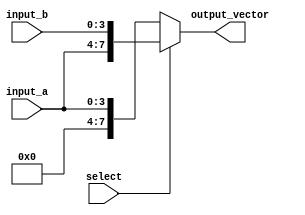
module VectorContinuousAssignment (
    input wire [3:0] input_a,      // 4-bit input signal
    input wire [3:0] input_b,      // 4-bit input signal
    input wire select,              // Control signal for conditional logic
    output reg [7:0] output_vector   // 8-bit vector output signal
);

// Continuous assignment using always block
always @(*) begin
    // Conditional logic to assign values to the output vector
    if (select) begin
        output_vector = {input_a, input_b}; // Concatenation of input_a and input_b
    end else begin
        output_vector = {4'b0000, input_a}; // Assign lower 4 bits from input_a, upper 4 bits are zero
    end
end

endmodule